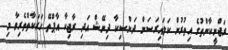
ރަޖްނީކާންތުގެ އިތުރުން ކަލައިރަސަން ދަންސިކާ ދިނޭޝް އަދި ރާޖިކާ އާޕްތޭ ހަރަކާތްތެރިވާ މި